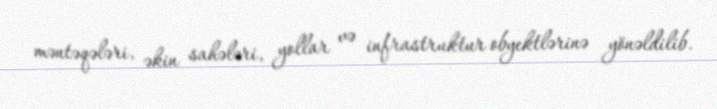
məntəqələri, əkin sahələri, yollar və infrastruktur obyektlərinə yönəldilib.